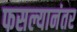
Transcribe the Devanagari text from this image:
फसल्यानंतर